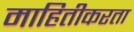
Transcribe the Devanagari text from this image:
माहितीकरता